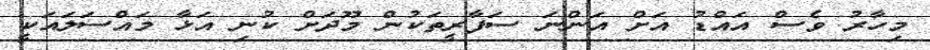
މިހާރު ވެސް އައްޑު އަށް އަންނަ ސަފާރީތަކުން މޫދަށް ކުނި އަޅާ މައްސަލައަކީ